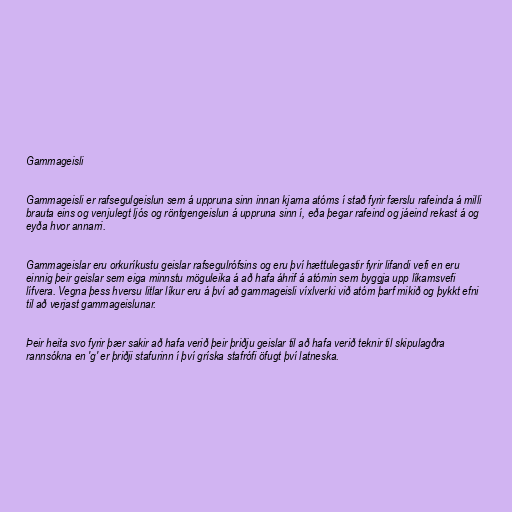
Gammageisli

Gammageisli er rafsegulgeislun sem á uppruna sinn innan kjarna atóms í stað fyrir færslu rafeinda á milli
brauta eins og venjulegt ljós og röntgengeislun á uppruna sinn í, eða þegar rafeind og jáeind rekast á og
eyða hvor annarri.

Gammageislar eru orkuríkustu geislar rafsegulrófsins og eru því hættulegastir fyrir lifandi vefi en eru
einnig þeir geislar sem eiga minnstu möguleika á að hafa áhrif á atómin sem byggja upp líkamsvefi
lífvera. Vegna þess hversu litlar líkur eru á því að gammageisli víxlverki við atóm þarf mikið og þykkt efni
til að verjast gammageislunar.

Þeir heita svo fyrir þær sakir að hafa verið þeir þriðju geislar til að hafa verið teknir til skipulagðra
rannsókna en 'g' er þriðji stafurinn í því gríska stafrófi öfugt því latneska.